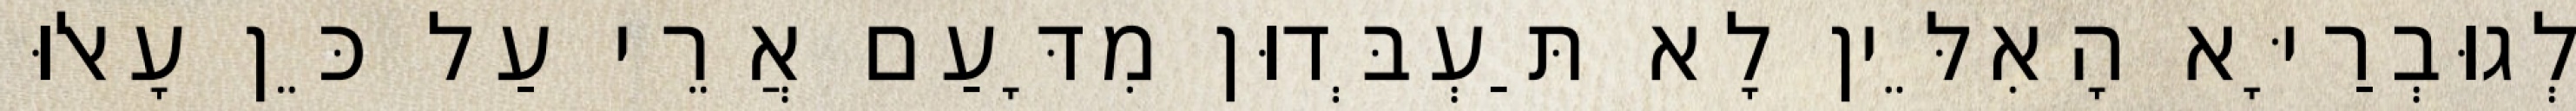
לְגוּבְרַיָּא הָאִלֵּין לָא תַּעְבְּדוּן מִדָּעַם אֲרֵי עַל כֵּן עָאלוּ